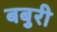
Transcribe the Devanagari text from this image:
बबुरी